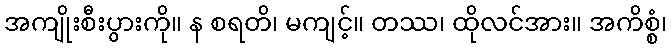
အကျိုးစီးပွားကို။ န စရတိ၊ မကျင့်။ တဿ၊ ထိုလင်အား။ အကိစ္စံ၊